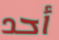
أحد